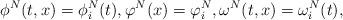
LaTeX: \begin{align*} \phi^{N}(t,x)=\phi^N_i(t),\varphi^N(x)=\varphi^N_i,\omega^N(t,x)=\omega_i^N(t),\end{align*}